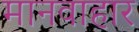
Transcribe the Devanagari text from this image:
मानवाहार